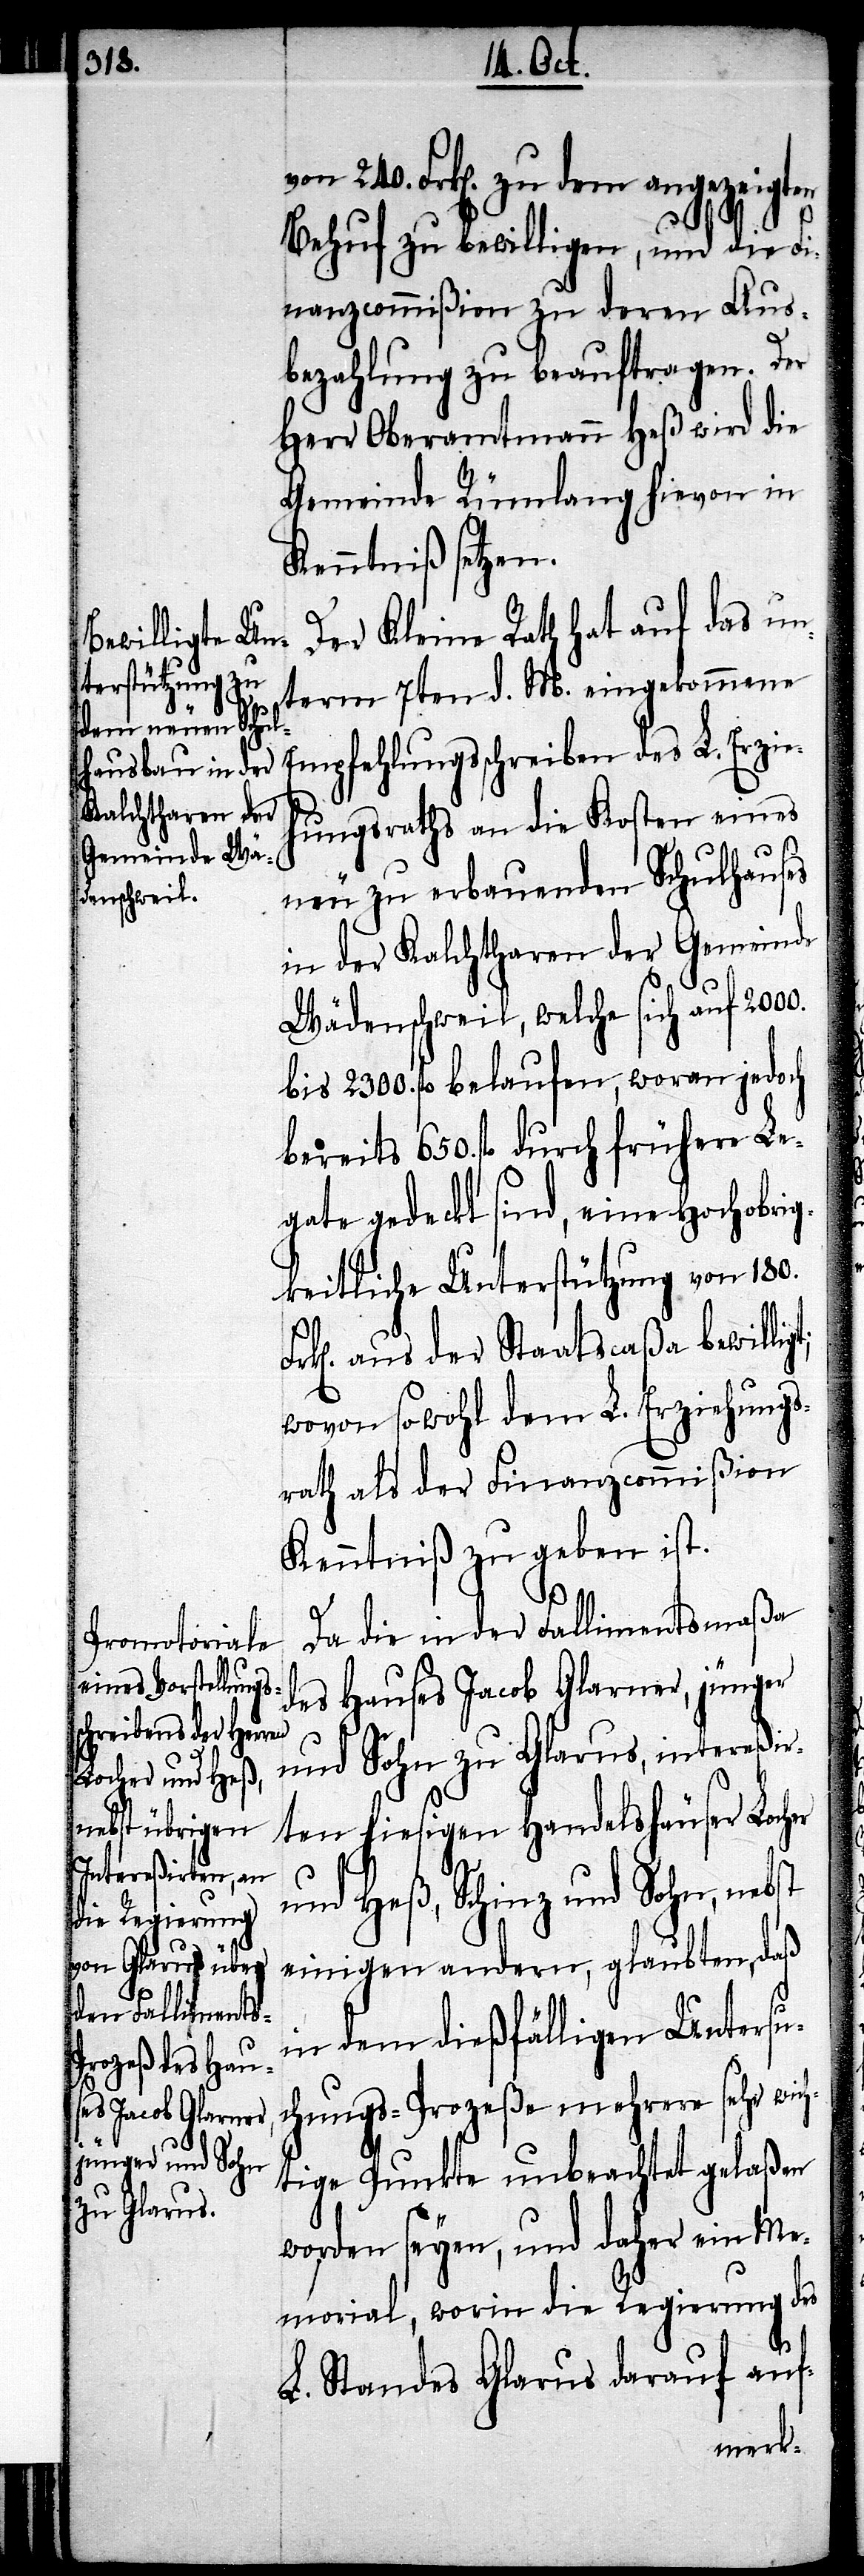
von 240. Frk[en]. zu dem angezeigten
Behuf zu bewilligen, und die Fi¬
nanzcommißion zu deren Aus¬
bezahlung zu beauftragen. Der
Herr Oberamtmann Heß wird die
Gemeinde Rümlang hievon in
Kenntniß setzen.
Der Kleine Rath hat auf das un¬
term 7ten d. M. eingekommene
Empfehlungsschreiben des L. Erzie¬
hungsraths an die Kosten eines
neu zu erbauenden Schulhauses
in der Kalchtharen der Gemeinde
Wädenschweil, welche sich auf
bis 2300. fl. belaufen, woran jedoch
bereits 650. fl. durch frühere Le¬
gate gedeckt sind, eine Hochobrig¬
keitliche Unterstützung von 180.
aus der Staatscaßa bewilli¬
wovon sowohl dem L. Erziehungs¬
rath als der Finanzcommißion
Kenntniß zu geben ist.
h¬
Da die in der Fallimentsmaßa
des Hauses Jacob Glarner, jünger
und Sohn zu Glarus, intereßir¬
ten hiesigen Handelshäuser Locher
und Heß, Schinz und Sohn, ne¬
einigen andern, glaubten, daß
in dem dießfälligen Untersu¬
chungs-Prozeße mehrere sehr wic¬
tige Punkte unbeachtet gelaßen
worden seyen, und daher ein Me¬
morial, worin die Regierung des
L. Standes Glarus darauf auf-